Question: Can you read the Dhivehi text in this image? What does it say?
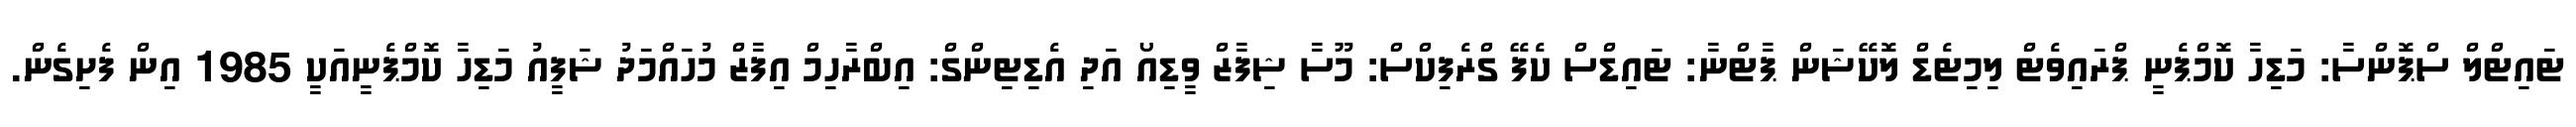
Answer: ޓައިޓްލް ސްޕޮންސާ: މަޑިހާ ކޮމްޕެނީ ޕްރައިވެޓް ލިމިޓެޑް ލޮކޭޝަން ޕާޓްނާ: ޓައިޑްސް ކެފޭ ގްރެފިކްސް: މޫސާ ޝިފާޒް ވީޑިއޯ އަދި އެޑިޓިންގް: އިބްރާހިމް އިފާޒް މުހައްމަދު ޝަފީއު މަޑިހާ ކޮމްޕެނީއަކީ 1985 އިން ފެށިގެން.